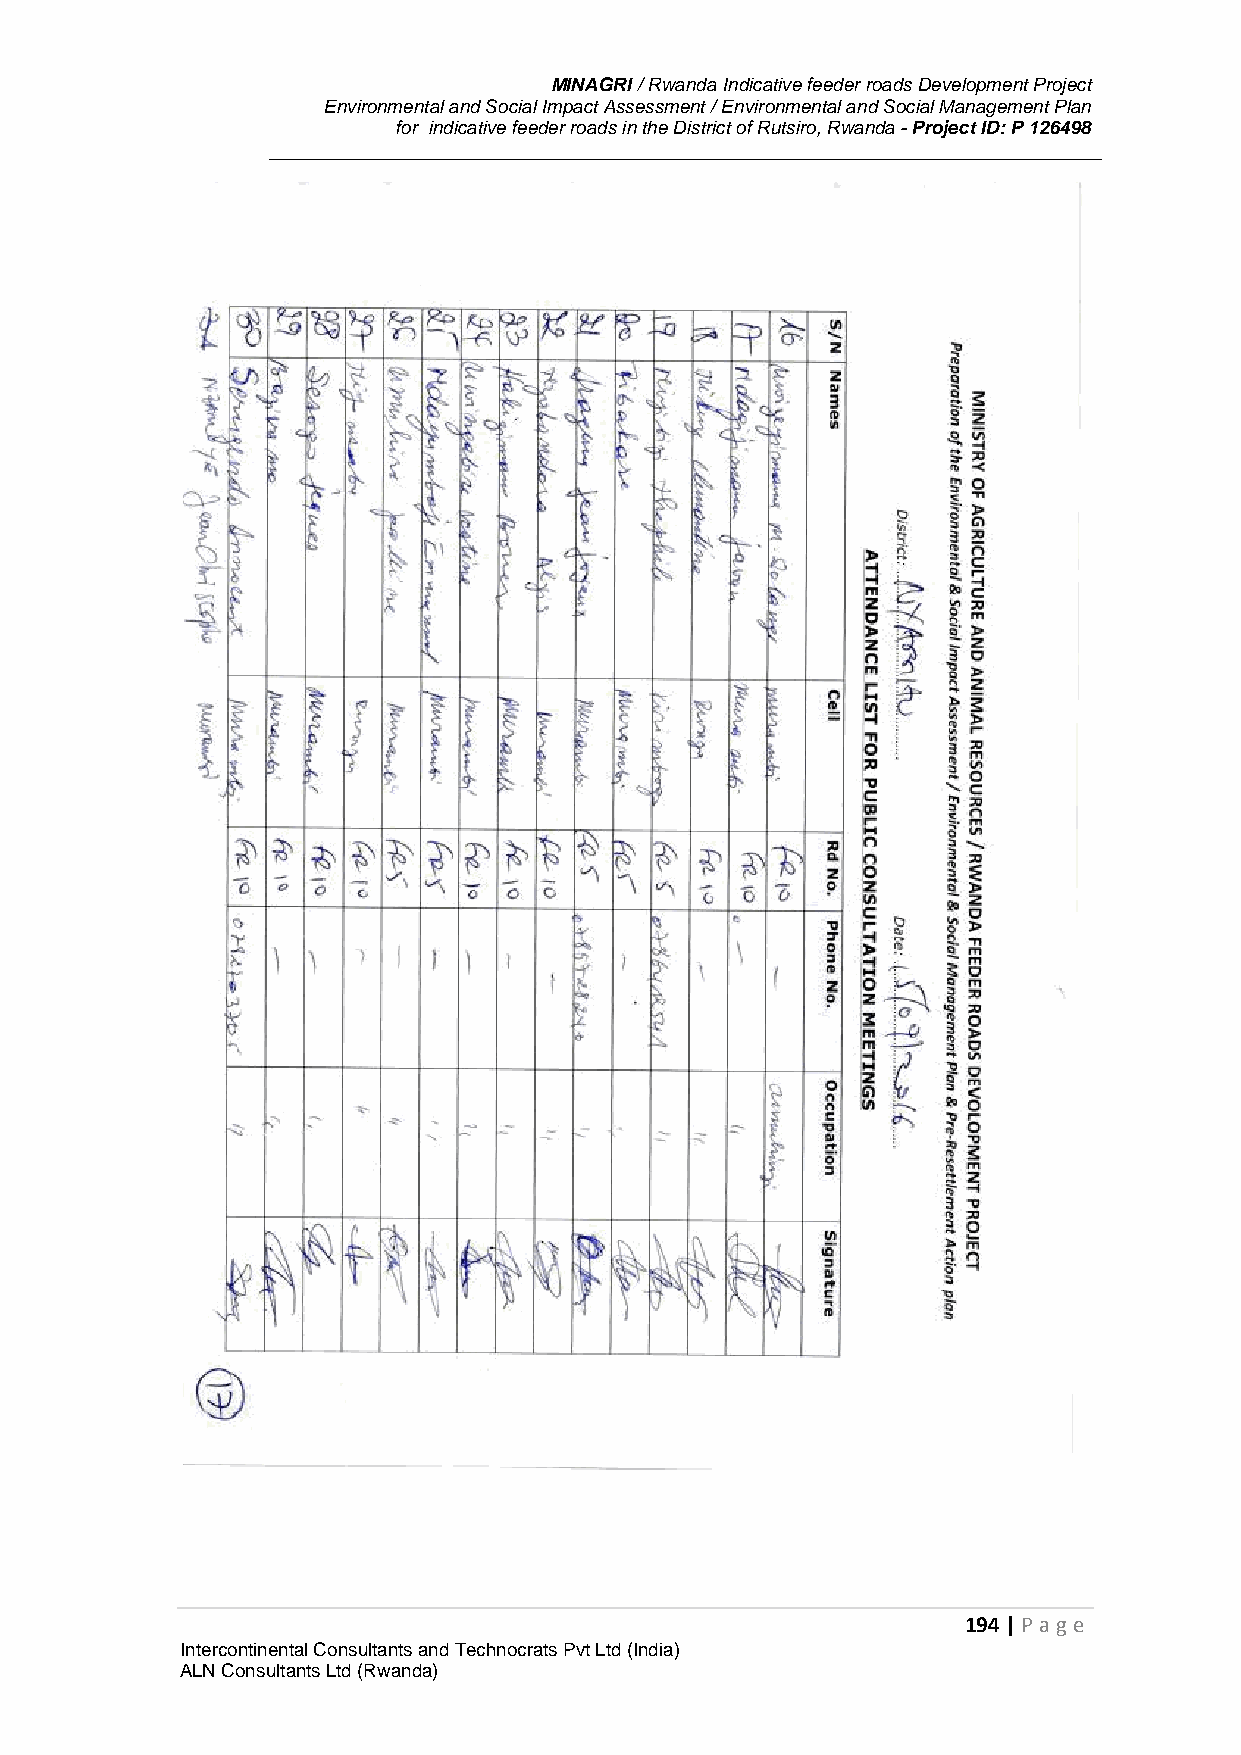
MINAGRI / Rwanda Indicative feeder roads Development Project
 Environmental and Social Impact Assessment / Environmental and Social Management Plan
 for indicative feeder roads in the District of Rutsiro, Rwanda - Project ID: P 126498
 194 | P age
 Intercontinental Consultants and Technocrats Pvt Ltd (India)
 ALN Consultants Ltd (Rwanda)